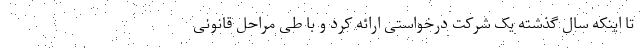
تا اینکه سال گذشته یک شرکت درخواستی ارائه کرد و با طی مراحل قانونی